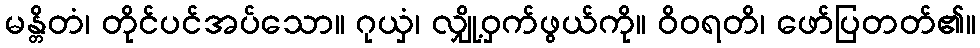
မန္တိတံ၊ တိုင်ပင်အပ်သော။ ဂုယှံ၊ လျှို့ဝှက်ဖွယ်ကို။ ဝိဝရတိ၊ ဖော်ပြတတ်၏။